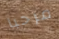
مرحبا